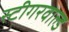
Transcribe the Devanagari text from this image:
स्टीगरवाल्ड